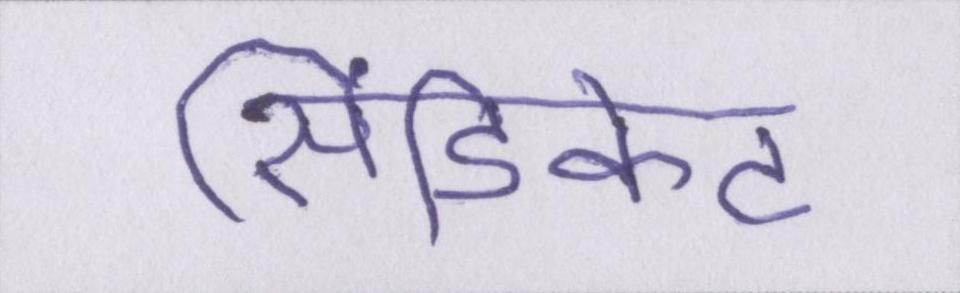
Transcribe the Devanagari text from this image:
सिंडिकेट